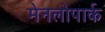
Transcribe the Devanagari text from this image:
मेनलोपार्क